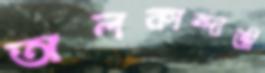
অলকান্দাজী